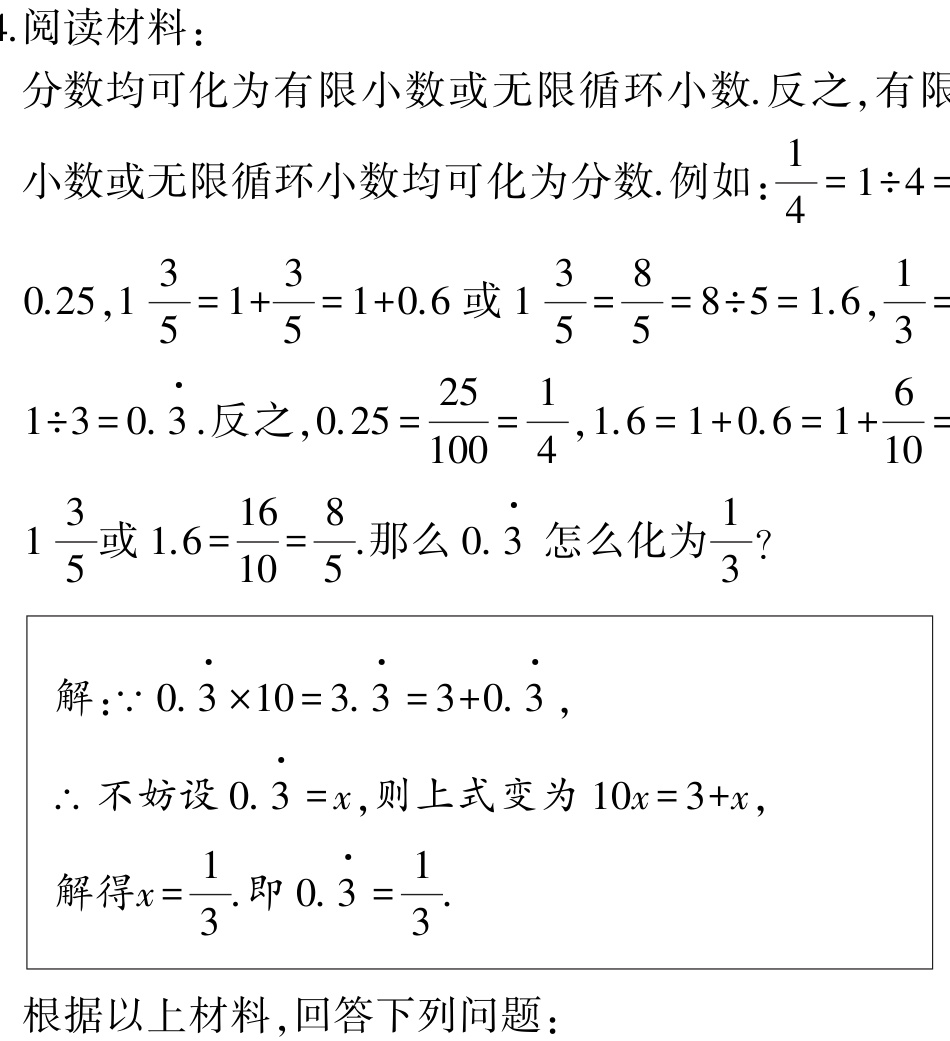
4. 阅读材料：

分数均可化为有限小数或无限循环小数. 反之, 有限小数或无限循环小数均可化为分数. 例如：\(\frac{1}{4}=1\div4 = 0.25\), \(1\frac{3}{5}=1 + \frac{3}{5}=1 + 0.6\)或\(1\frac{3}{5}=\frac{8}{5}=8\div5 = 1.6\), \(\frac{1}{3}=1\div3 = 0.\dot{3}\). 反之, \(0.25=\frac{25}{100}=\frac{1}{4}\), \(1.6=1 + 0.6=1+\frac{6}{10}=1\frac{3}{5}\)或\(1.6=\frac{16}{10}=\frac{8}{5}\). 那么\(0.\dot{3}\)怎么化为\(\frac{1}{3}\)?

解：\(\because 0.\dot{3}\times10 = 3.\dot{3}=3 + 0.\dot{3}\),

\(\therefore\)不妨设\(0.\dot{3}=x\), 则上式变为\(10x = 3 + x\),

解得\(x=\frac{1}{3}\). 即\(0.\dot{3}=\frac{1}{3}\).

根据以上材料, 回答下列问题：